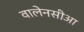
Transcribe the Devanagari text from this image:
वालेनसीआ